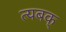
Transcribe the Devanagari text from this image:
त्यबक्